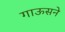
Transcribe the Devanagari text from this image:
गाऊसने